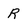
Character: R